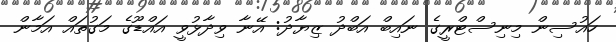
ހައުސިން މިނިސްޓްރީގެ ނައިބް އަބްދު ޒިޔާދު: އޭނާ ވިދާޅުވީ އައްޑޫގެ މަގުތައް އަމާން